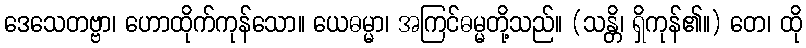
ဒေသေတဗ္ဗာ၊ ဟောထိုက်ကုန်သော။ ယေဓမ္မာ၊ အကြင်ဓမ္မတို့သည်။ (သန္တိ၊ ရှိကုန်၏။) တေ၊ ထို